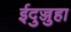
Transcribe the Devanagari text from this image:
ईदुज्जुहा